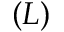
( L )